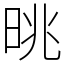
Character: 晀